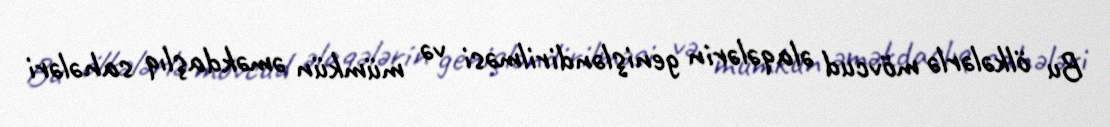
Bu ölkələrlə mövcud əlaqələrin genişləndirilməsi və mümkün əməkdaşlıq sahələri